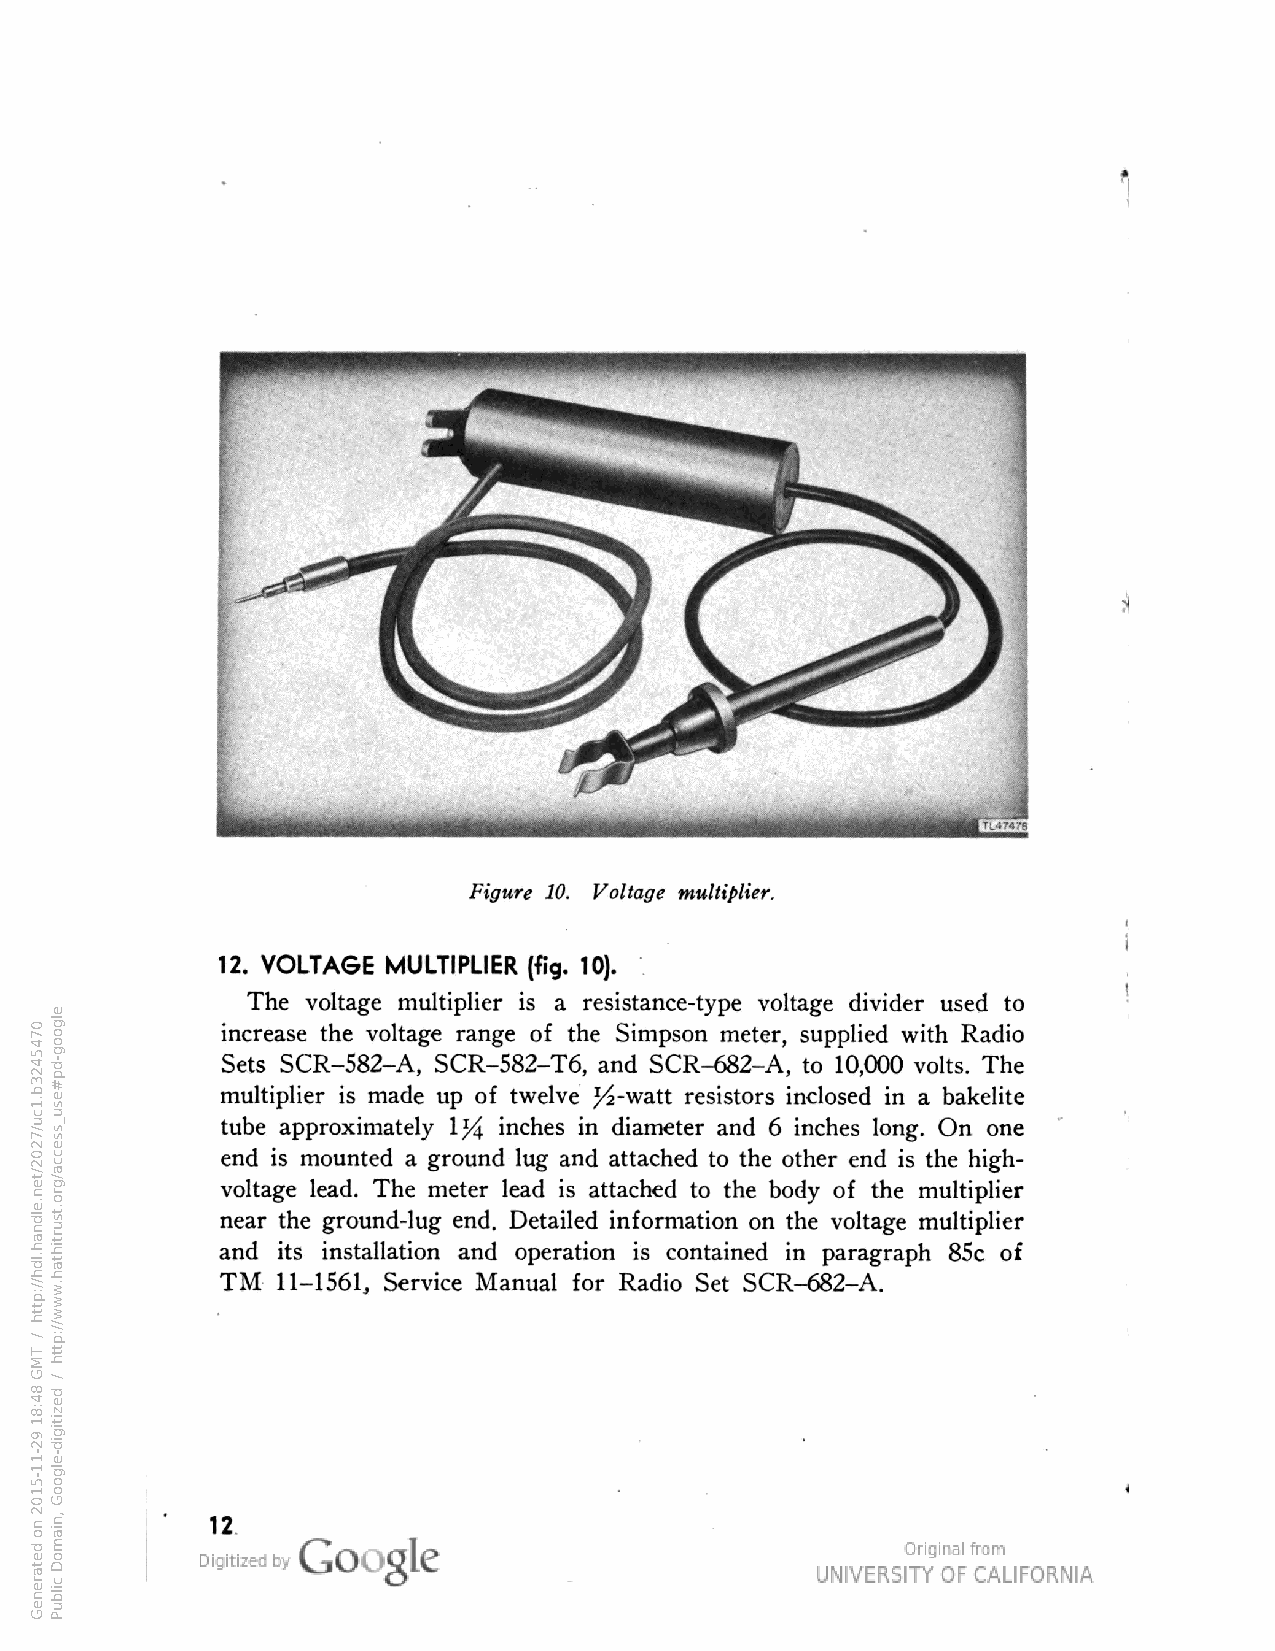
Figure 10. Voltage multiplier.
 12. VOLTAGE MULTIPLIER (fig. 10).
 The voltage multiplier is a resistance-type voltage divider used to
 increase the voltage range of the Simpson meter, supplied with Radio
 Sets SCR-S82-A, SCR-582-T6, and SCR-682-A, to 10,000 volts. The
 multiplier is made up of twelve J^-watt resistors inclosed in a bakelite
 tube approximately \l/\ inches in diameter and 6 inches long. On one
 end is mounted a ground lug and attached to the other end is the high-
 voltage lead. The meter lead is attached to the body of the multiplier
 near the ground-lug end. Detailed information on the voltage multiplier
 and its installation and operation is contained in paragraph 85c of
 TM 11-1561, Service Manual for Radio Set SCR-682-A.
 12
 0745423b.1cu/7202/ten.eldnah.ldh//:ptth
 /
 TMG
 84:81
 92-11-5102
 no
 detareneG
 elgoog-dp#esu_ssecca/gro.tsurtihtah.www//:ptth
 /
 dezitigid-elgooG
 ,niamoD
 cilbuP